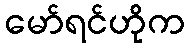
မော်ရင်ဟိုက